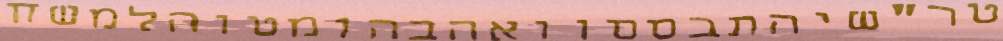
טר"שיהתבססוואהבהומטוהלמשח